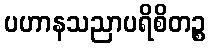
ပဟာနသညာပရိစိတဉ္စ